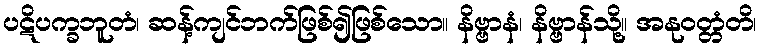
ပဋိပက္ခဘူတံ၊ ဆန့်ကျင်ဘက်ဖြစ်၍ဖြစ်သော။ နိဗ္ဗာနံ၊ နိဗ္ဗာန်သို့။ အနုဝတ္တံတိ၊